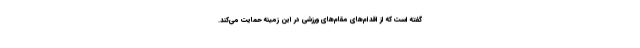
گفته است که از اقدام‌های مقام‌های ورزشی در این زمینه حمایت می‌کند.